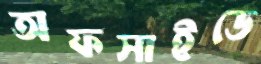
অফসাইডে